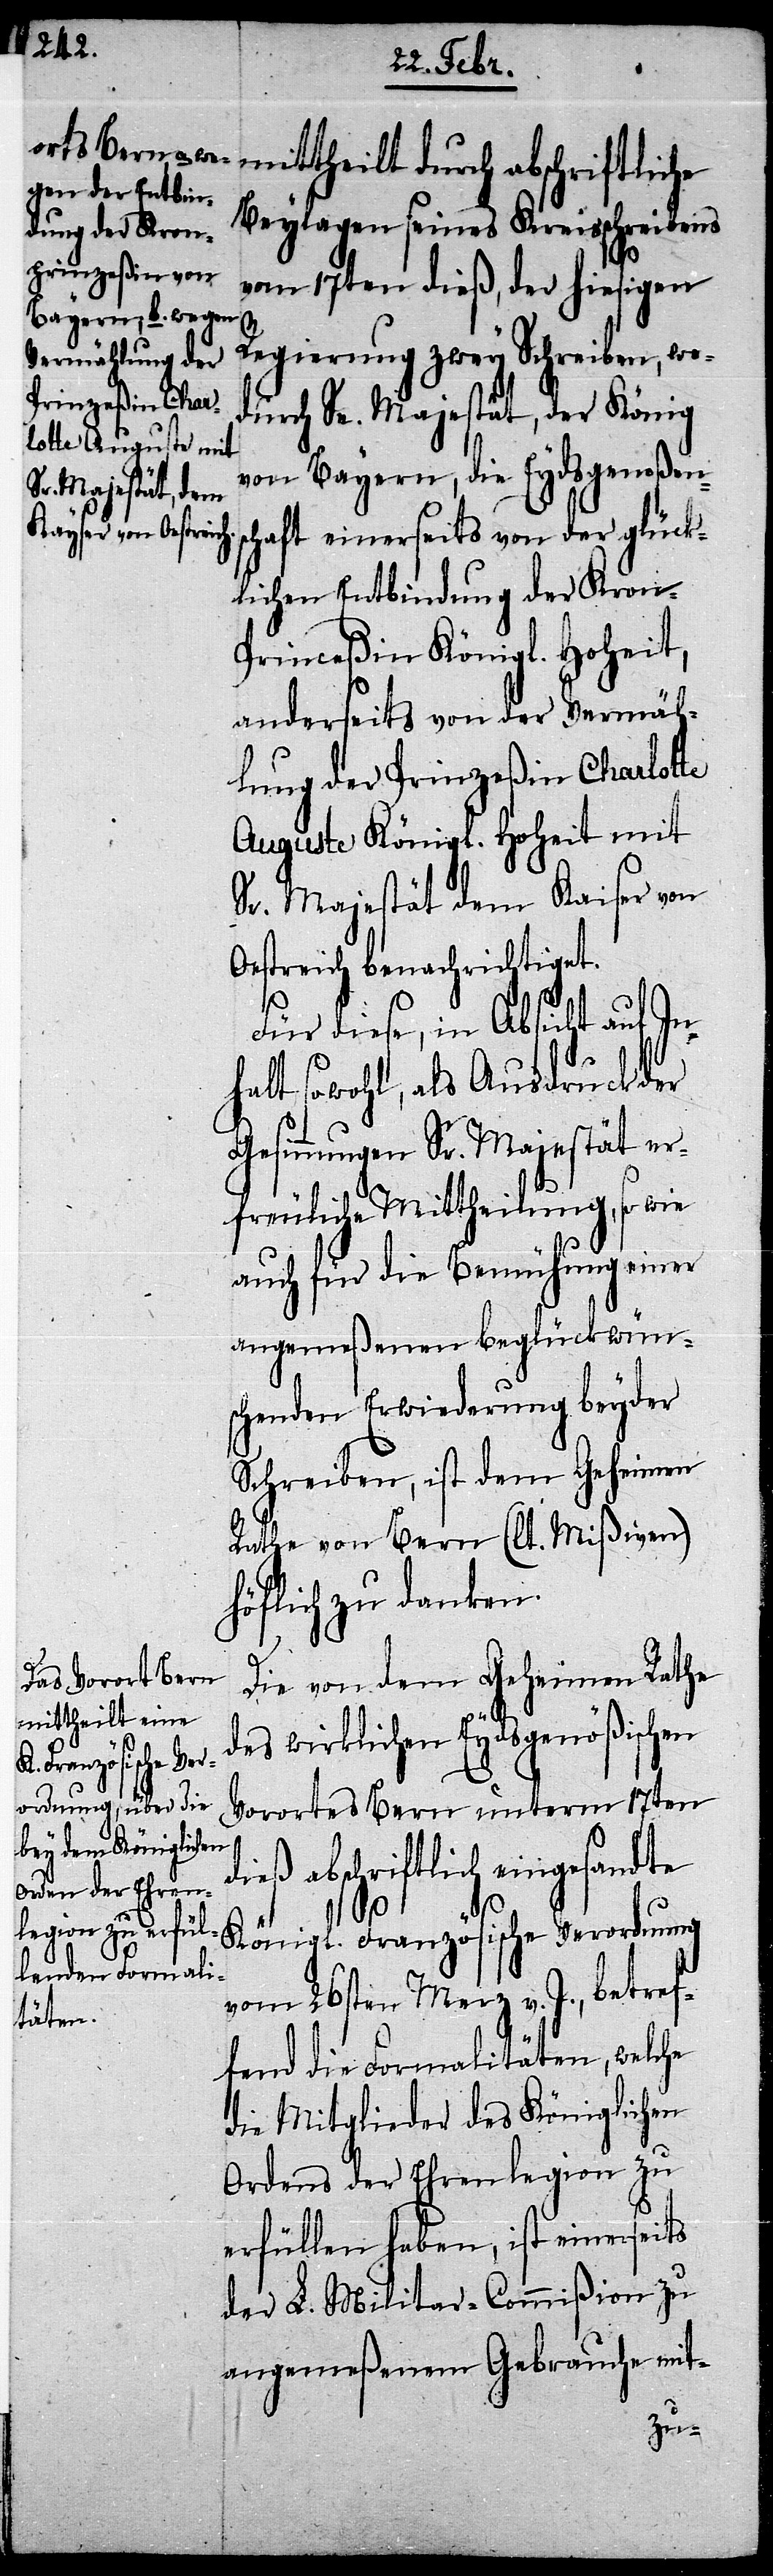
mittheilt durch abschriftliche
Beylagen seines Kreisschreibens
vom 17ten dieß, der hiesigen
Regierung zwey Schreiben, wo¬
durch Sr. Majestät, der König
von Bayern, die Eydsgenoßens¬
chaft einerseits von der glück¬
lichen Entbindung der Kron-P¬
rinceßin Königl. Hoheit,
anderseits von der Vermäh¬
lung der Prinzeßin Charlotte
Auguste Königl. Hoheit mit
Sr. Majestät dem Kaiser von
Oestreich benachrichtiget.
Für diese, in Absicht auf In¬
halt sowohl, als Ausdruck der
Gesinnungen Sr. Majestät er¬
freuliche Mittheilung, so wie
auch für die Bemühung einer
angemeßenen beglückwün¬
schenden Erwiederung beyder
Schreiben, ist dem Geheimen
Rathe von Bern (lt. Mißiven)
höflich zu danken.
Die von dem Geheimen Rathe
des wirklichen Eydsgenößischen
Vorortes Bern unterm 17ten
dieß abschriftlich eingesandte
Königl. Französische Verordnung
vom 26sten Merz v. J., betref¬
fend die Formalitäten, welche
die Mitglieder des Königlichen
Ordens der Ehrenlegion zu
erfüllen haben, ist einerseits
der L. Militar-Commißion zu
angemeßenem Gebrauche mit-